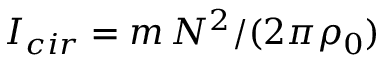
I _ { c i r } = m \, { \cal N } ^ { 2 } / ( 2 \pi \rho _ { 0 } )